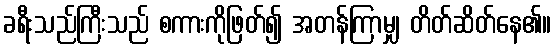
ခရီးသည်ကြီးသည် စကားကိုဖြတ်၍ အတန်ကြာမျှ တိတ်ဆိတ်နေ၏။